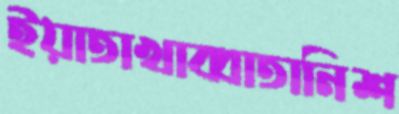
ইয়াতাখাব্বাতানিশ